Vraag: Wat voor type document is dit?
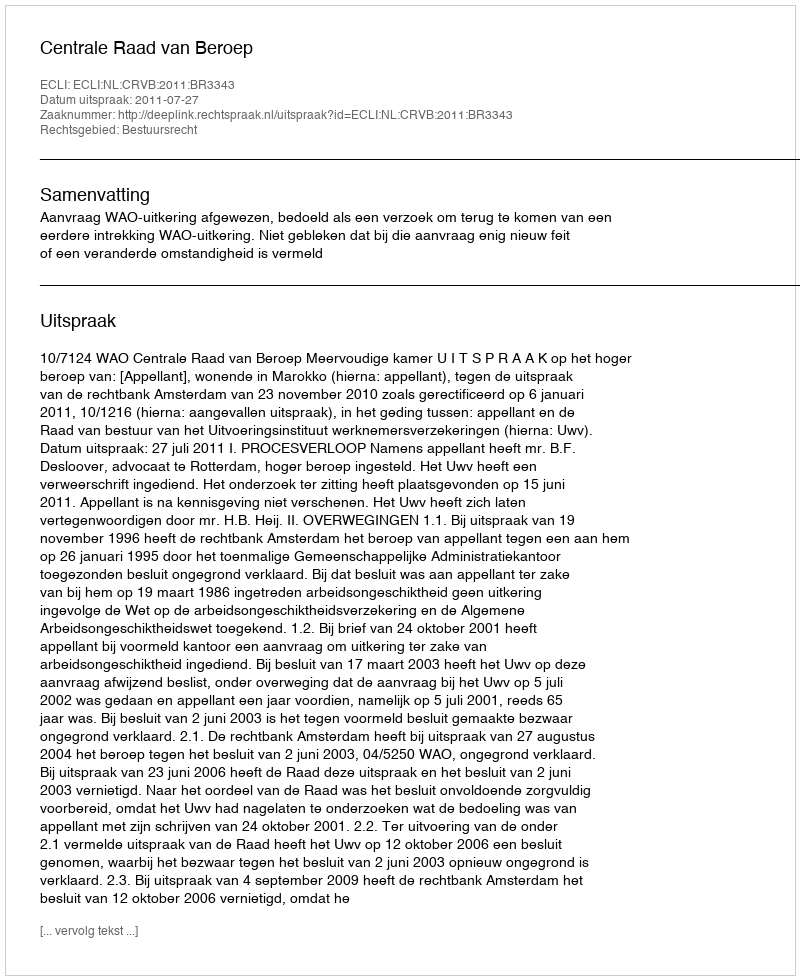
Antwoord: Uitspraak